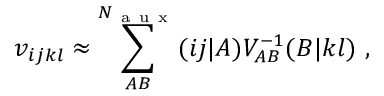
v _ { i j k l } \approx \sum _ { A B } ^ { N _ { \mathrm { ~ a ~ u ~ x ~ } } } ( i j | A ) V _ { A B } ^ { - 1 } ( B | k l ) ~ ,